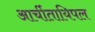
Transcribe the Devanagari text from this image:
आर्चीतायिपल